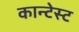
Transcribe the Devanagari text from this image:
कान्टेस्ट